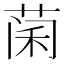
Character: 𮶨